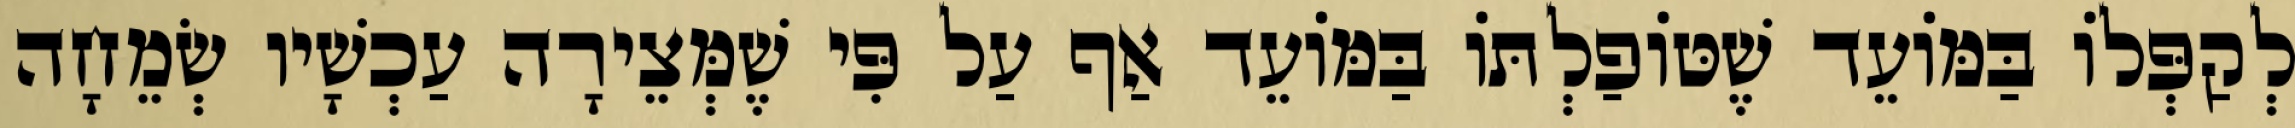
לְקַפְּלוֹ בַּמּוֹעֵד שֶׁטּוֹפַלְתּוֹ בַּמּוֹעֵד אַף עַל פִּי שֶׁמְּצֵירָה עַכְשָׁיו שְׂמֵחָה